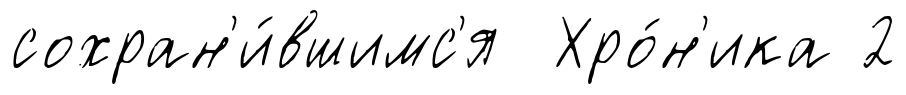
сохран'и́вшимс'я Хро́н'ика 2